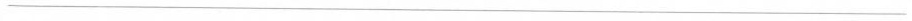
___